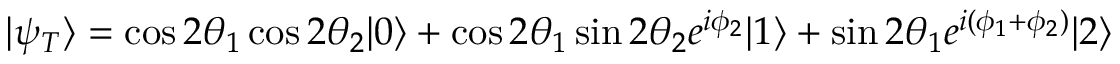
| \psi _ { T } \rangle = \cos 2 \theta _ { 1 } \cos 2 \theta _ { 2 } | 0 \rangle + \cos 2 \theta _ { 1 } \sin 2 \theta _ { 2 } e ^ { i \phi _ { 2 } } | 1 \rangle + \sin 2 \theta _ { 1 } e ^ { i ( \phi _ { 1 } + \phi _ { 2 } ) } | 2 \rangle